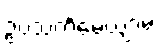
ဥပသင်္ကမေယျာမ